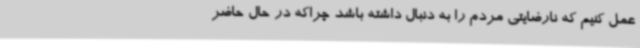
عمل کنیم که نارضایتی مردم را به دنبال داشته باشد چراکه در حال حاضر